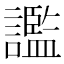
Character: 𧭗